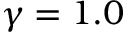
\gamma = 1 . 0